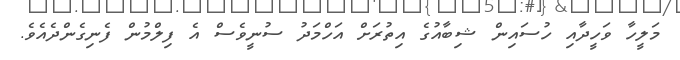
މަލީހާ ވަހީދާއި ހުސައިން ޝިބާއުގެ އިތުރަށް އަހްމަދު ސުނީވެސް އެ ފިލްމުން ފެނިގެންދެއެވެ.